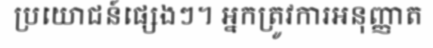
ប្រយោជន៍ផ្សេងៗ។ អ្នកត្រូវការអនុញ្ញាត